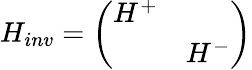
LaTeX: H_{inv}=\left(\begin{array}{cc}{{H^{+}}}&{{\mathrm{}}}\\ {{\mathrm{}}}&{{H^{-}}}\end{array}\right)